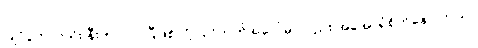
ပြိုင်ပွဲကလည်း နီးကပ်လာပြီဖြစ်လို့ ပြိုင်ဘက်အပေါ်မှာလည်း အခုအာရုံစိုက်နေပါတယ်။